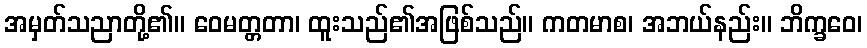
အမှတ်သညာတို့၏။ ဝေမတ္တတာ၊ ထူးသည်၏အဖြစ်သည်။ ကတမာစ၊ အဘယ်နည်း။ ဘိက္ခဝေ၊